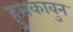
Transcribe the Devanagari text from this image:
हुसकावुन